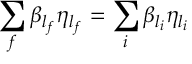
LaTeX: \sum _ { f } \beta _ { l _ { f } } \eta _ { l _ { f } } = \sum _ { i } \beta _ { l _ { i } } \eta _ { l _ { i } }